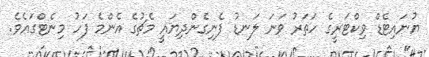
ޔުނައިޓެޑް ވިކްޓަރީގެ ހަތަރު ވަނަ ލަނޑު ފެނިގެންދިޔައީ މެޗުގެ އެންމެ ފަހު މިނެޓްގައެވެ.